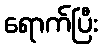
ရောက်ပြီး